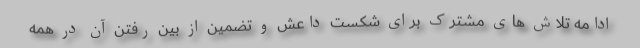
ادامه تلاش های مشترک برای شکست داعش و تضمین از بین رفتن آن در همه